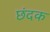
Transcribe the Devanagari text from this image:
छंदक